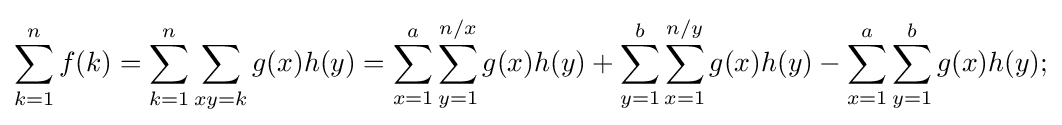
\sum _{k=1}^{n}f(k)=\sum _{k=1}^{n}\sum _{xy=k}^{}g(x)h(y)=\sum _{x=1}^{a}\sum _{y=1}^{n/x}g(x)h(y)+\sum _{y=1}^{b}\sum _{x=1}^{n/y}g(x)h(y)-\sum _{x=1}^{a}\sum _{y=1}^{b}g(x)h(y);